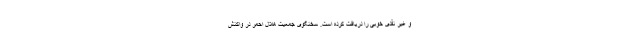
و غیر نقدی خوبی را دریافت کرده است. سخنگوی جمعیت هلال احمر در واکنش